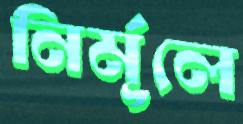
নির্মূলে